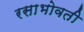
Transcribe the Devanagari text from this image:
रसाभोवती